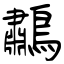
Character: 鷫